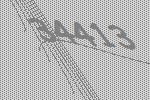
34413